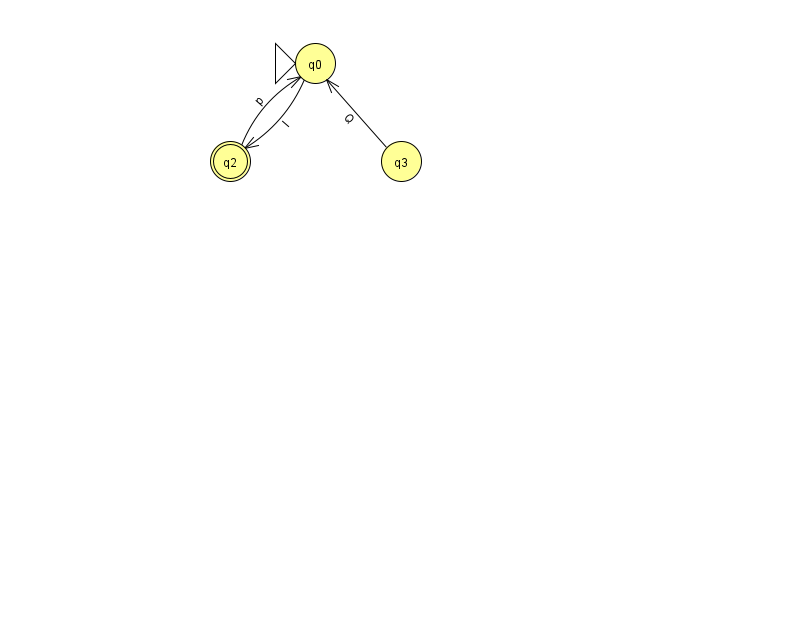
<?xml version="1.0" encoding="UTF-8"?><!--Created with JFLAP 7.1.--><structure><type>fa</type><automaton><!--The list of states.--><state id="0" name="q0"><x>315.0</x><y>50.0</y><initial/></state><state id="2" name="q2"><x>230.0</x><y>148.0</y><final/></state><state id="3" name="q3"><x>401.0</x><y>148.0</y></state><!--The list of transitions.--><transition><from>0</from><to>2</to><read>I</read></transition><transition><from>3</from><to>0</to><read>Q</read></transition><transition><from>2</from><to>0</to><read>p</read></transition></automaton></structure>